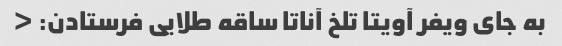
به جای ویفر آویتا تلخ آناتا ساقه طلایی فرستادن: <